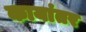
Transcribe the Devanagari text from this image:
कायांतर